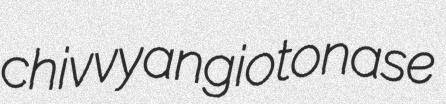
chivvy angiotonase